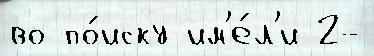
во по́иску им'е́л'и 2-